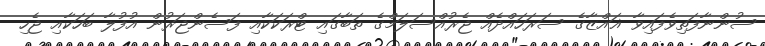
ސުންނާފަތިވެފައިވާ ޣައްޒާގެ ސަރަހައްދެއް ޖެރުއްސަލަމްގެ ތަބާގައި ޓްރަކަކާއި ފަސެންޖަރުން އުފުލާ ބަހަކާއި ޖެހި